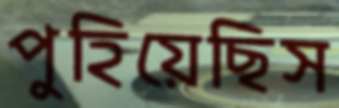
পুহিয়েছিস